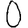
Digit: 0